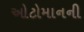
ઓટોમાનની